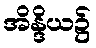
အိန္ဒိယ၌